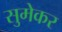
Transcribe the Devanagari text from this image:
सुमेकर